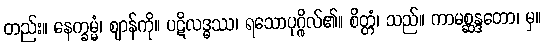
တည်း။ နေက္ခမ္မံ၊ ဈာန်ကို။ ပဋိလဒ္ဓဿ၊ ရသောပုဂ္ဂိုလ်၏။ စိတ္တံ၊ သည်။ ကာမစ္ဆန္ဒတော၊ မှ။